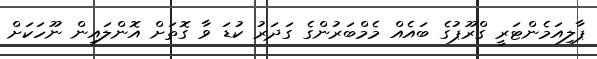
ޕާލިއަމެންޓަރީ ގްރޫޕުގެ ބައެއް މެމްބަރުންގެ ގަދަރު ކުޑަ ވާ ގޮތަށް އޮންލައިން ނޫހަކަށް